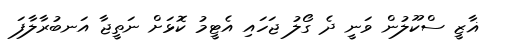
ޣާޒީ ސްކޫލުން ވަނީ ދެ ގޯލު ޖަހައި އެޓީމު ކޮޅަށް ނަތީޖާ އަނބުރާލާފަ